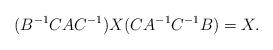
LaTeX: \begin{align*}(B^{-1}CAC^{-1}) X(CA^{-1}C^{-1}B) = X.\end{align*}